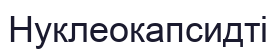
Нуклеокапсидті